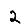
Digit: 2